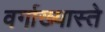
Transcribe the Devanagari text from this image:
वर्गाख्यास्ते